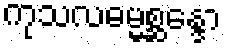
ကုသလဓမ္မစ္ဆန္ဒော